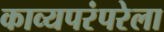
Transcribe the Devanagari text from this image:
काव्यपरंपरेला